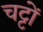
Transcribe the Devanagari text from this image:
चट्टों